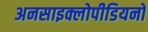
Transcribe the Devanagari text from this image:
अनसाइक्लोपीडियनों